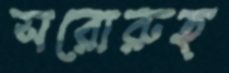
সরোরুহ